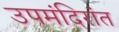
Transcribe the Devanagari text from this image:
उपमंदिरांत